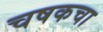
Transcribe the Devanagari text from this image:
चषकचा